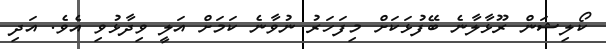
ކޯލިޝަން ރޫޅާލާނެ ބޭފުޅަކަށް މިފަހަރު ނުވާނެ ކަމަށް އަލީ ވިދާޅުވި އެވެ. އަދި